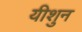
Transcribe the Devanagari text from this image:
यीशुन